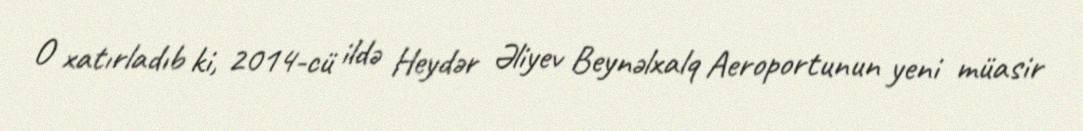
O xatırladıb ki, 2014-cü ildə Heydər Əliyev Beynəlxalq Aeroportunun yeni müasir